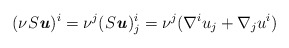
\begin{align*} (\nu S\textbf{\textit{u}})^i =\nu^j (S\textbf{\textit{u}})^i_j &=\nu^j(\nabla^i u_j + \nabla_j u^i) \end{align*}